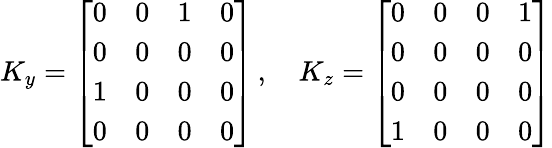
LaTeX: K_{y}={\left[\begin{array}{llll}{0}&{0}&{1}&{0}\\ {0}&{0}&{0}&{0}\\ {1}&{0}&{0}&{0}\\ {0}&{0}&{0}&{0}\end{array}\right]}\, ,\quad K_{z}={\left[\begin{array}{llll}{0}&{0}&{0}&{1}\\ {0}&{0}&{0}&{0}\\ {0}&{0}&{0}&{0}\\ {1}&{0}&{0}&{0}\end{array}\right]}